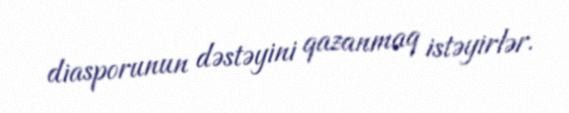
diasporunun dəstəyini qazanmaq istəyirlər.